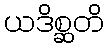
ယဒိစ္ဆတိ